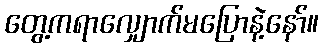
တွေ့ကရာလျှောက်မပြောနဲ့နော်။